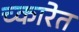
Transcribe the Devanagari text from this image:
च्कारेत